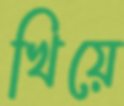
খিয়ে